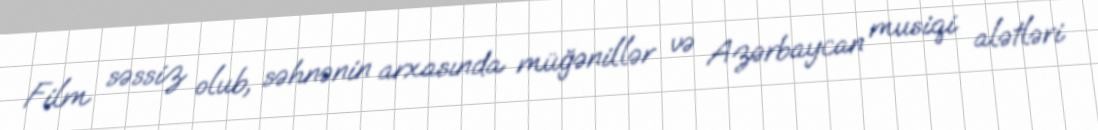
Film səssiz olub, səhnənin arxasında müğənillər və Azərbaycan musiqi alətləri